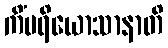
ကိံပရိယောသာနာတိ